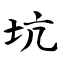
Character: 坑